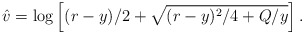
\begin{align*}\hat{v} = \log\left[(r-y)/2 + \sqrt{(r-y)^2/4 + Q/y}\right].\end{align*}